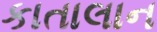
કાતાલાન